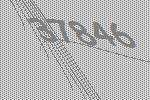
37846